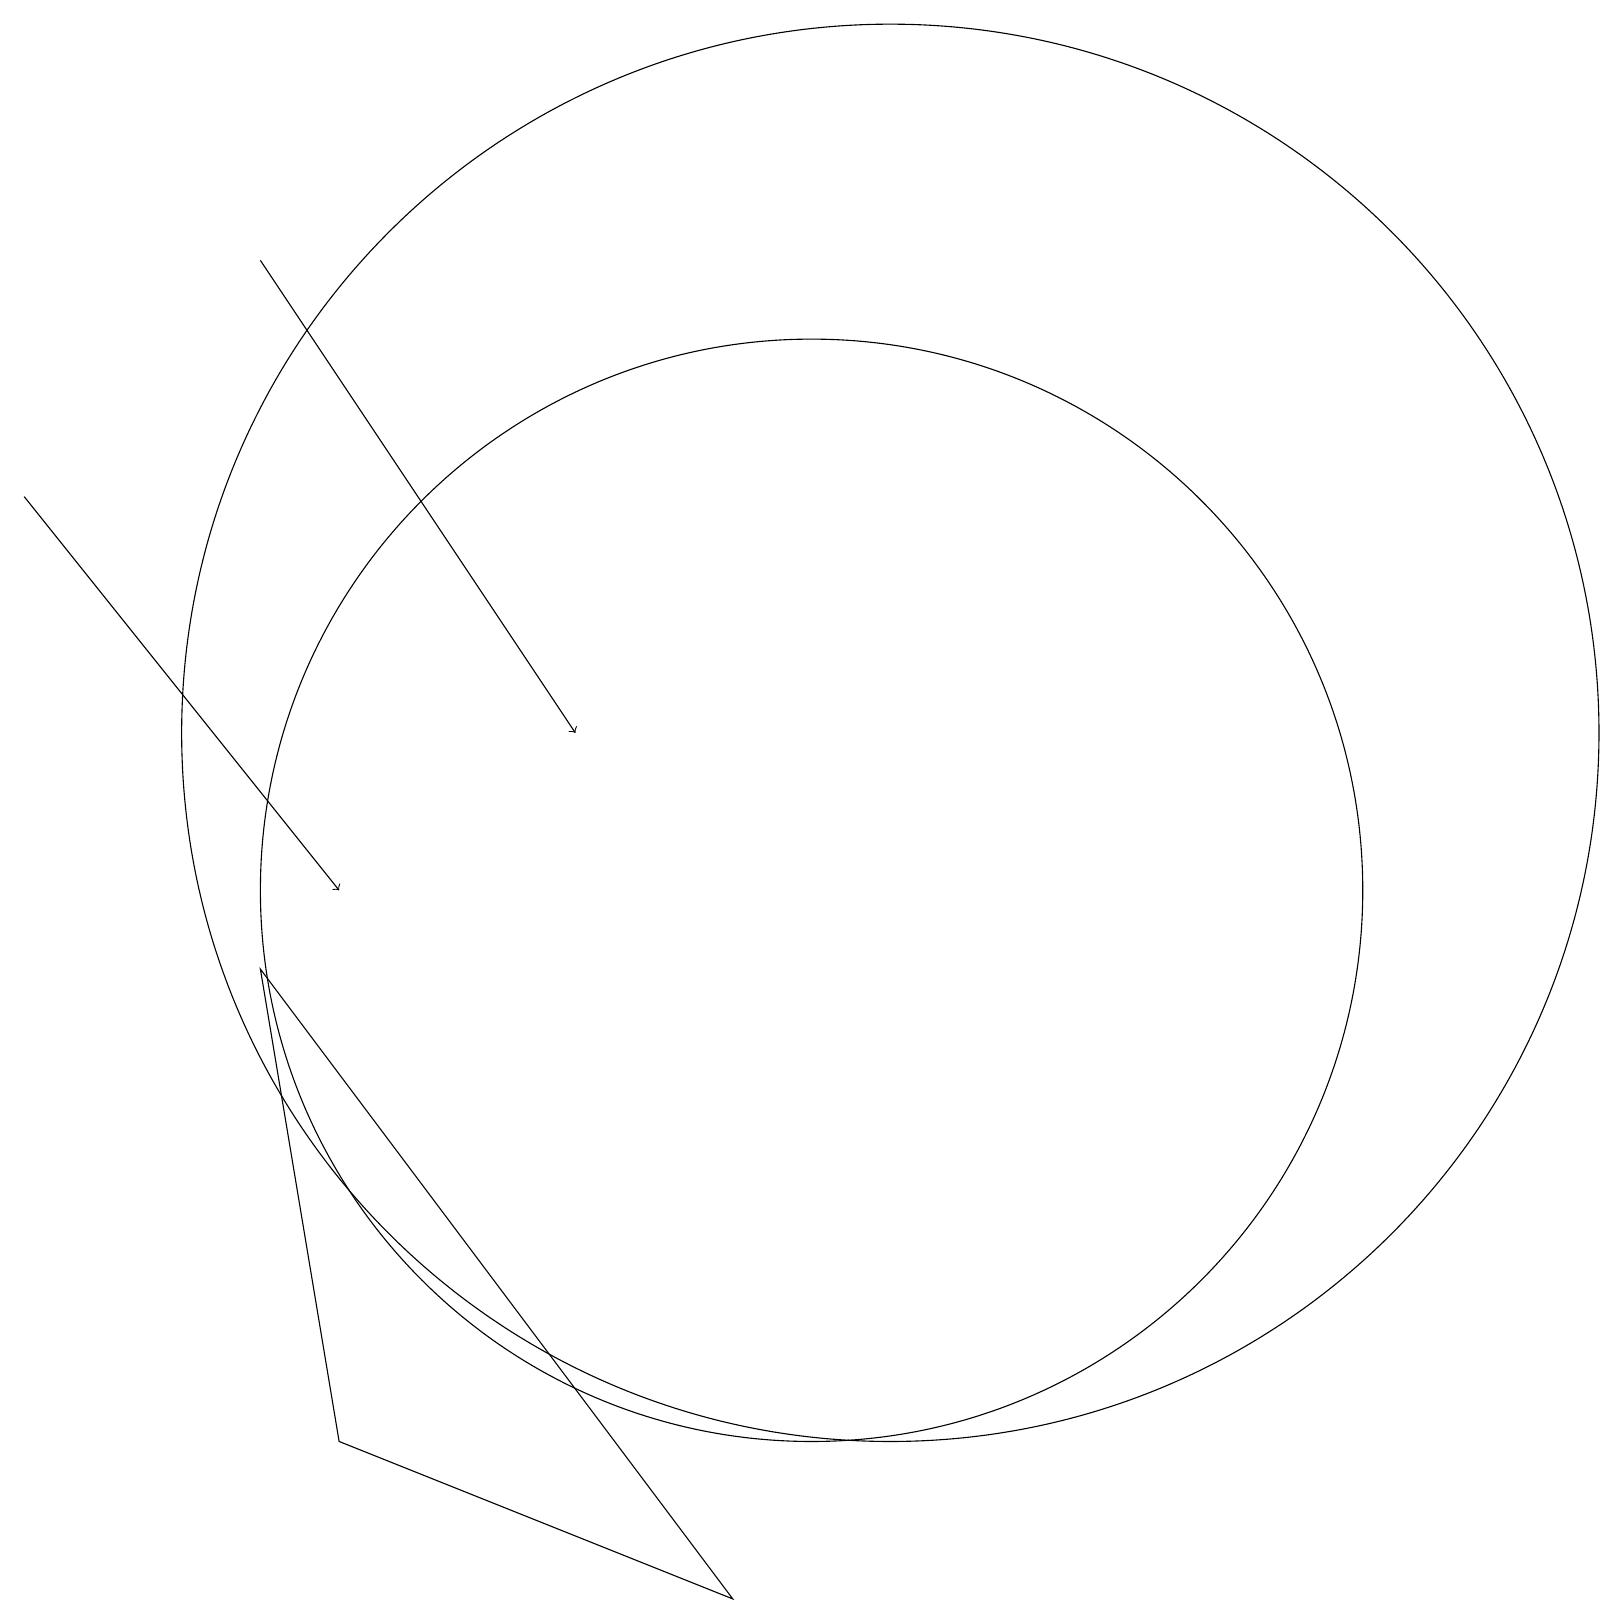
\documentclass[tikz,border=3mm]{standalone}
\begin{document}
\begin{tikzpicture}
\draw[->] (3,18) -- (7,12);
\draw[->] (0,15) -- (4,10);
\draw (10,10) circle (7);
\draw (11,12) circle (9);
\draw (11,11) circle (0);
\draw (3,9) -- (9,1) -- (4,3) -- cycle;
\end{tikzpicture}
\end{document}